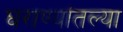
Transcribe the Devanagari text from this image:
घराण्यांतल्या